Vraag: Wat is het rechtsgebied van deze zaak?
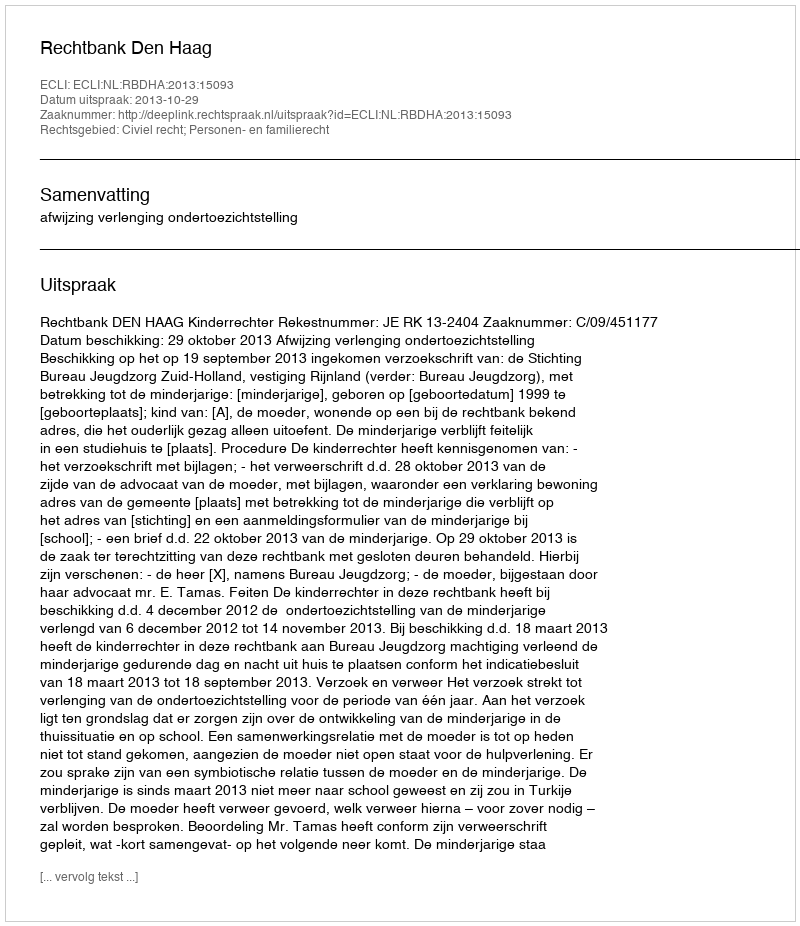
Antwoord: Civiel recht; Personen- en familierecht